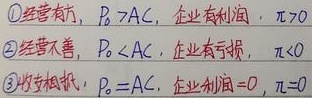
\begin{enumerate}
    \item 经营有方，$P>AC$，企业有利润，$\pi>0$
    \item 经营不善，$P<AC$，企业有亏损，$\pi<0$
    \item 收支相抵，$P = AC$，企业利润 $ = 0$，$\pi=0$
\end{enumerate}